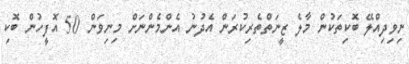
ނިވިދިއްލޭ ބޮކިތަކުން މާލެ ޒީނަތްތެރިކުރަން އެދުނު އެންމެންނަށް މިނިވަން 50 އޮފީހުން ބޮކި